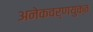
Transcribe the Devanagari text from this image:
अनेकवर्णयुक्त